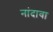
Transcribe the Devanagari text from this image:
नांदावा